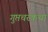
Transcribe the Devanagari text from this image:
गुप्तचरकथा